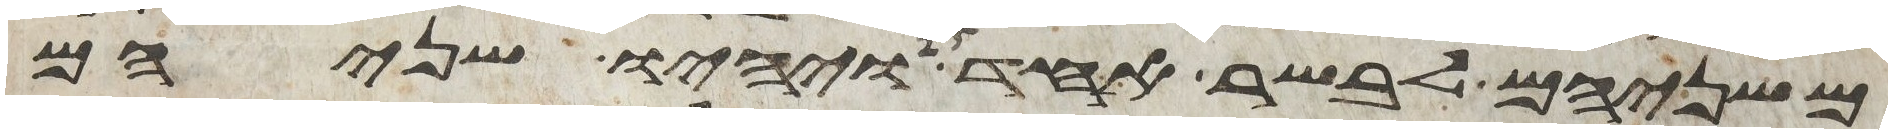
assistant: משניהם לבשר אחד ויהיו שניהם